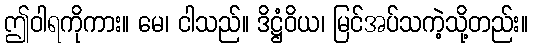
ဤဝါရကိုကား။ မေ၊ ငါသည်။ ဒိဋ္ဌံဝိယ၊ မြင်အပ်သကဲ့သို့တည်း။